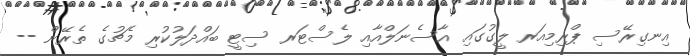
އިނގިރޭސި ޕްރިމިއަރ ލީގުގައި އާސެނަލްއާއި ލެސްޓަރ ސިޓީ ބައްދަލުކުރި މެޗުގެ ތެރޭން --